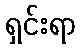
ရှင်းရာ